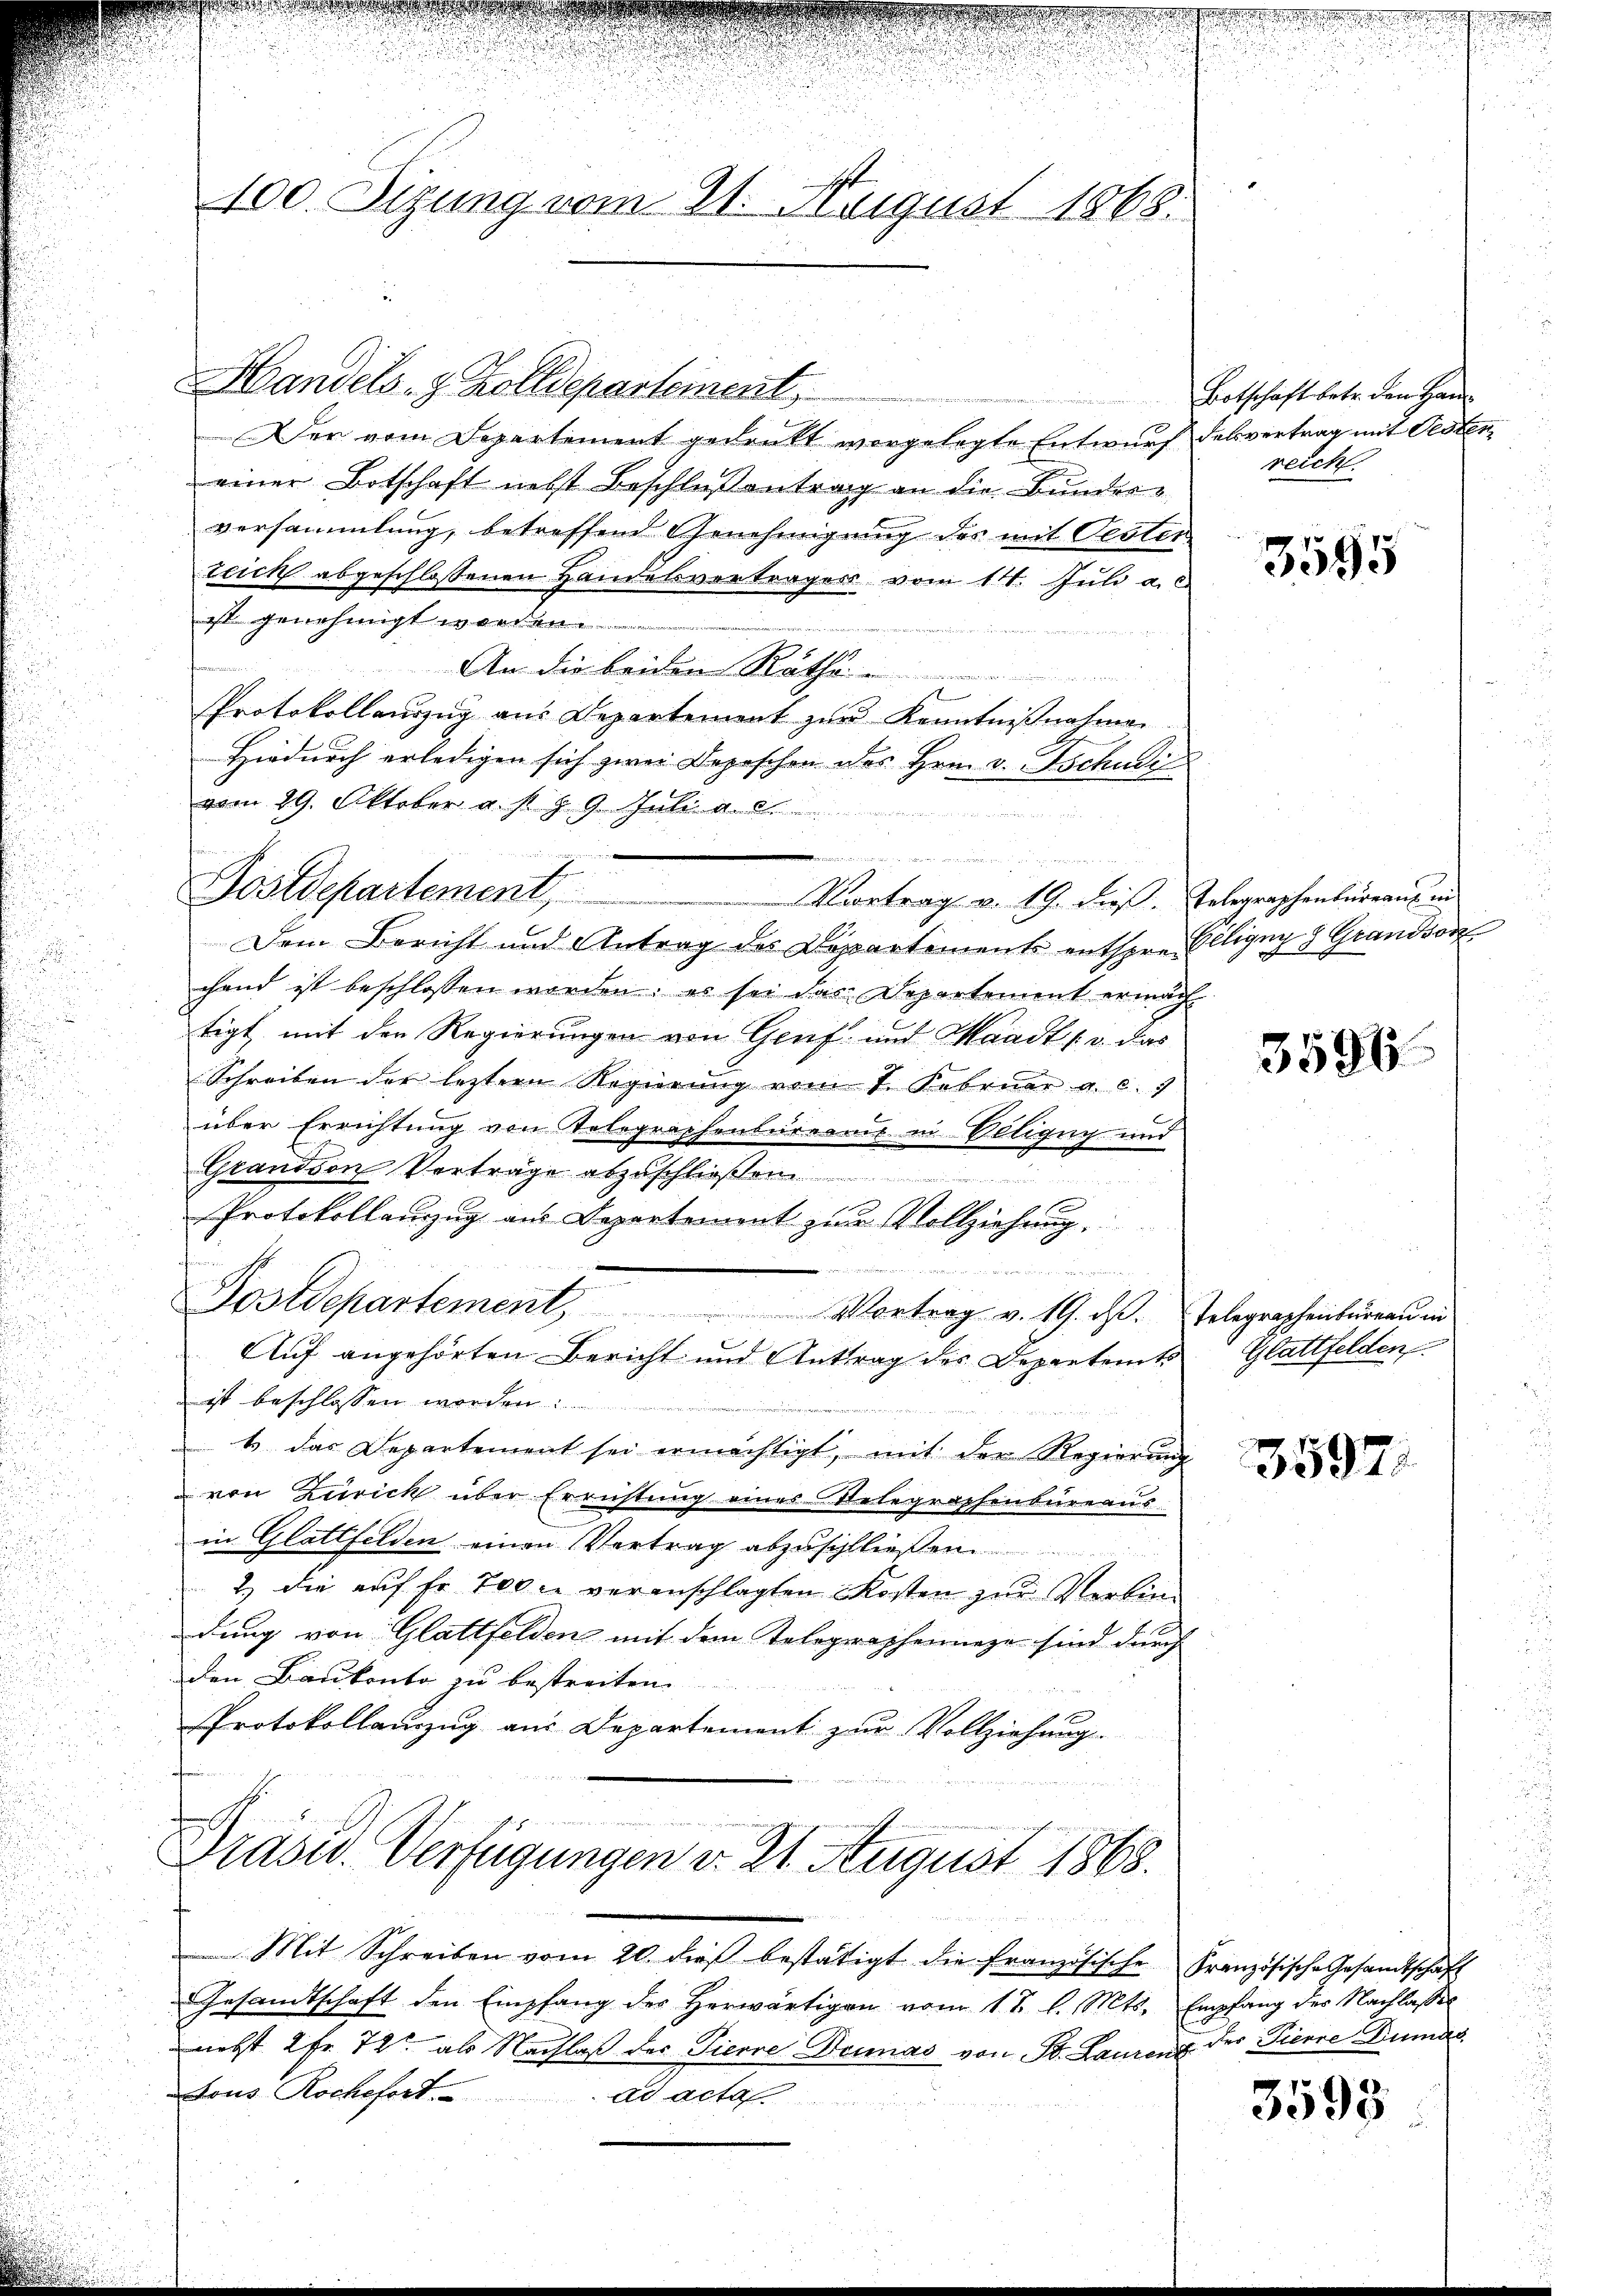
100. Sigung vom 21. August 1868.

.

Der vom Departement gedankt vorgelegte Entwurf
einer Botschaft nebst Beschlußantrag an die Bunder-
versammlung, betreffend Genehmigung des mit Oester
teich abgeschlossenen Handelsvertrages vom 14. Juli a.c
ist genehmigt worden.

An die beiden Räthe .............
Protokollauszug aus Departement zur Kenntniβnahmen
Hiedurch erledigen sich zwei Depeschen des Hrn. v. Tschule
vom 29. Oktober a. s. Z. 9. Juli
 einen den in gegenhe
u
Dem Bericht und Antrag des Departements entspre Elligung 2 Grandsort
chand ist beschlossen worden: es sei das Departement ermach
tigt mit den Regierungen von Genf und Waadt, u. das
Schreiben der leztere Regierung vom 7. Februar a. c. 7
über Errichtung von Telegraphenbürearis in Veligug und
Grandson Vorträge abzuschließen
n
Protokollanzzug aus Departement zur Vollziehung
e

Postdepartement, Vortrag v. 19. ds.
Auf angehörten Bericht und Antrag des Departenk
ist beschlossen worden:
e
t das Departement sei ermächtigt, mit der Regierung
von Zürick über Errichtung eines Relegraphenbureaus
in Glattfelden einen Vertrag abzuschließen.
2.) die auf Fr. 700 l. veranschlagten Kosten zur Verbindung von Glattfelden mit dem Telegraphennage sind durch
den Baukonto zu bestreiten.
Protokollauszug aus Departement zur Vollziehung
fe

Handels- & Zolldepartement,

Hr Sicione

.
Postdepartement, Vortrag v. 19. dieβ. Telegraphenbüreaŭs in

Präsid. Verfügungen v. 21. August 1868.

u

Botschaft betr. den Handelsvertrag mit Gesten
reicht.

Mit Schreiben vom 20. dieβ bestätigt die französische Französische Gesandtschaft
Gesandtschaft den Empfang des Herwärtigen vom 11. l. Mts. Empfang der Nachlasses
nebst 2 Fr. 72 als Nachlaß des Tierre Denas von St. Laurenz der Tierre Dumas
Tous Rochefort. ad acta.

g

n

3595

3594

Telegraphenbureau in
Glattfelden

3597.

3595